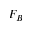
F _ { B }